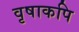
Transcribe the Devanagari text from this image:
वृषाकपि